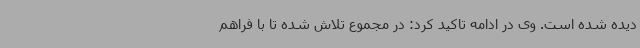
دیده شده است. وی در ادامه تاکید کرد: در مجموع تلاش شده تا با فراهم